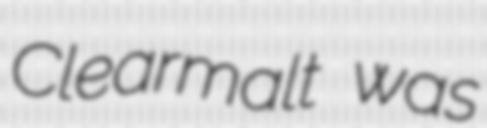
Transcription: Clearmalt was